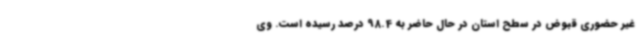
غیر حضوری قبوض در سطح استان در حال حاضر به 98.4 درصد رسیده است. وی